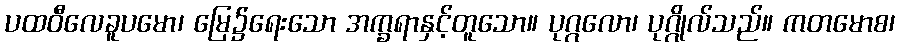
ပထဝီလေခူပမော၊ မြေ၌ရေးသော အက္ခရာနှင့်တူသော။ ပုဂ္ဂလော၊ ပုဂ္ဂိုလ်သည်။ ကတမောစ၊